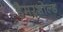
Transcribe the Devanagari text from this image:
हैमरशोल्ड